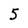
Character: 5